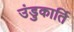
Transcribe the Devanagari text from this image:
उंडुकार्ति